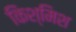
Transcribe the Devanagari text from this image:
किश्मिश